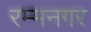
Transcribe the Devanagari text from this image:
रम्मनगर